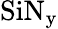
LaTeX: \mathrm{SiN_{y}}